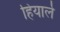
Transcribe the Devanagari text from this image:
हियार्ले